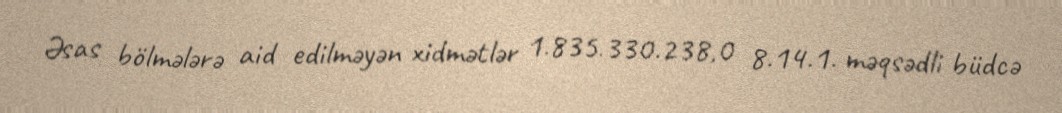
Əsas bölmələrə aid edilməyən xidmətlər 1.835.330.238,0 8.14.1. məqsədli büdcə